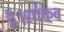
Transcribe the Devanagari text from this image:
हैं।शांकव